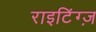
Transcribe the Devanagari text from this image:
राइटिंग्ज़